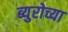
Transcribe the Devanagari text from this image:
ब्युरोच्या